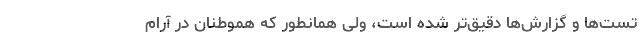
تست‌ها و گزارش‌ها دقیق‌تر شده است، ولی همانطور که هموطنان در آرام